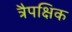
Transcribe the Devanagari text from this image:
त्रैपक्षिक